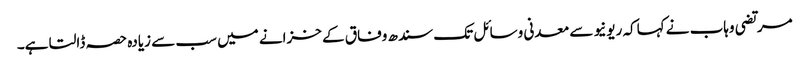
مرتضی وہاب نے کہاکہ ریونیو سے معدنی وسائل تک سندھ وفاق کے خزانے میں سب سے زیادہ حصہ ڈالتا ہے۔